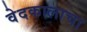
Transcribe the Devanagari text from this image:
वेदकालाचा